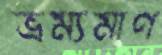
ভ্রম্যমাণ